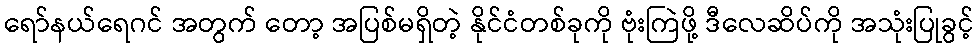
ရော်နယ်ရေဂင် အတွက် တော့ အပြစ်မရှိတဲ့ နိုင်ငံတစ်ခုကို ဗုံးကြဲဖို့ ဒီလေဆိပ်ကို အသုံးပြုခွင့်